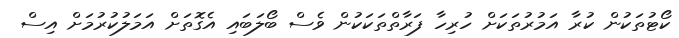
ކޯޓުތަކުން ކުރާ އަމުރުތަކަށް ހުރިހާ ފަރާތްތަކަކުން ވެސް ބޯލަބައި އެގޮތަށް އަމަލުކުރުމަށް އިސް